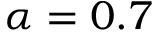
\alpha = 0 . 7